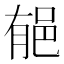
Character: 𨚺